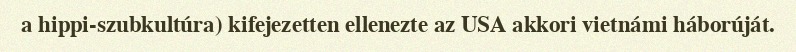
a hippi-szubkultúra) kifejezetten ellenezte az USA akkori vietnámi háborúját.